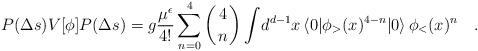
LaTeX: \begin{align*}{P(\Delta s)V[\phi]P(\Delta s)}={g}{\mu^\epsilon\over 4!}\sum_{n=0}^4 \left({4\atop n}\right)\int\! d^{d-1}x \,\langle 0|\phi_>(x)^{4-n}|0\rangle\,\phi_<(x)^n\quad.\end{align*}